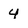
Character: 4